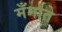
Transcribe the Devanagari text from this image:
मँगाते